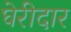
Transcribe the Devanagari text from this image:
घेरीदार